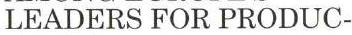
LEADERS FOR PRODUC-